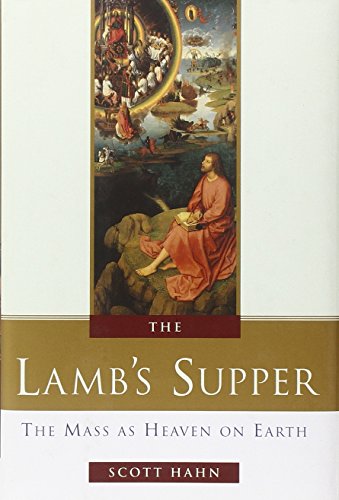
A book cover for The Lamb's Supper: The Mass as Heaven on Earth; Scott Hahn; Christian Books & Bibles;